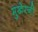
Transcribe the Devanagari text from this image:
मुखेरजी